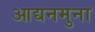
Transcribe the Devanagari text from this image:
आद्यनमुना